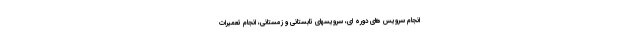
انجام سرویس های دوره ای، سرویسهای تابستانی و زمستانی، انجام تعمیرات